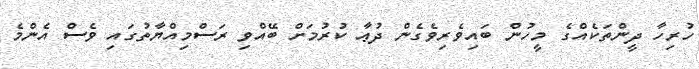
ހުރިހާ ދީންތަކެއްގެ މީހުން ބައިވެރިވެގެން ދުޢާ ކުރުމަށް ބޭއްވި ރަސްމިއްޔާތުގައި ވެސް އެންމެ